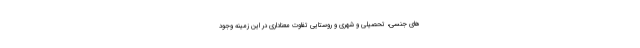
های جنسی، تحصیلی و شهری و روستایی تفاوت معناداری در این زمینه وجود